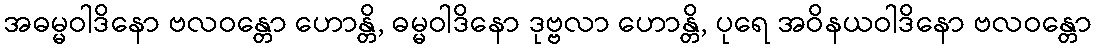
အဓမ္မဝါဒိနော ဗလဝန္တော ဟောန္တိ, ဓမ္မဝါဒိနော ဒုဗ္ဗလာ ဟောန္တိ, ပုရေ အဝိနယဝါဒိနော ဗလဝန္တော